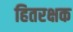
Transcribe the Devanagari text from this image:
हितरक्षक